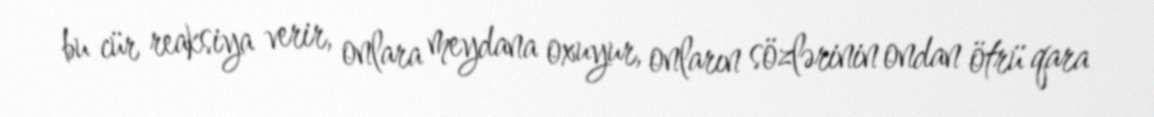
bu cür reaksiya verir, onlara meydana oxuyur, onların sözlərinin ondan ötrü qara